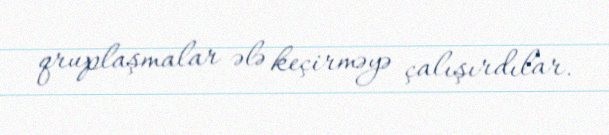
qruplaşmalar ələ keçirməyə çalışırdılar.